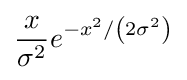
{\frac {x}{\sigma ^{2}}}e^{-x^{2}/\left(2\sigma ^{2}\right)}